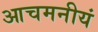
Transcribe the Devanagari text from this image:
आचमनीयं